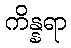
ကိန္နရာ